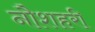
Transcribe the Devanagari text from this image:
नौशहरी